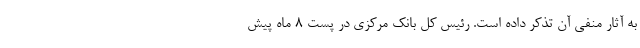
به آثار منفی آن تذکر داده است. رئیس کل بانک مرکزی در پست 8 ماه پیش